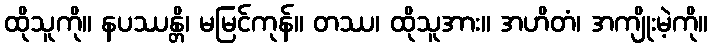
ထိုသူကို။ နပဿန္တိ၊ မမြင်ကုန်။ တဿ၊ ထိုသူအား။ အဟိတံ၊ အကျိုးမဲ့ကို။